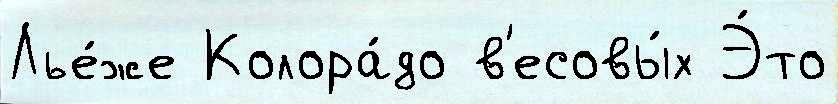
Лье́же Колора́до в'есовы́х Э́то